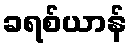
ခရစ်ယာန်